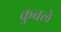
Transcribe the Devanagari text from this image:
कुबले